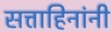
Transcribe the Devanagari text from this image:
सत्ताहिनांनी